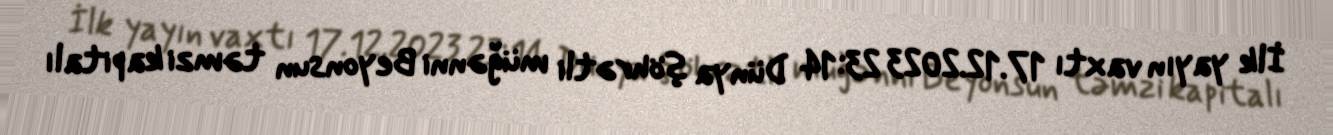
İlk yayın vaxtı 17.12.2023 23:14 Dünya şöhrətli müğənni Beyonsun təmzi kapitalı